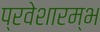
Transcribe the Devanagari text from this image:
प्रवेशारम्भ